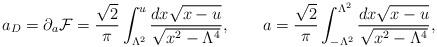
LaTeX: \begin{align*}a_D=\partial_a{\cal F}={\sqrt 2\over \pi}\int_{\Lambda^2}^u {dx \sqrt{x-u}\over \sqrt{x^2-{\Lambda^4}}},\qquad a={\sqrt 2\over\pi}\int_{-{\Lambda^2}}^{\Lambda^2}{dx \sqrt{x-u}\over \sqrt{x^2-{\Lambda^4}}},\end{align*}